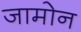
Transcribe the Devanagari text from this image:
जामोन